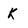
Character: K